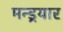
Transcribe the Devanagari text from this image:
मन्ड्रयार